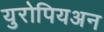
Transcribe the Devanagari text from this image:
युरोपियअन